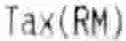
TAX(RM)